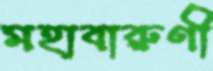
মহাবারুণী